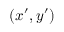
( x ^ { \prime } , y ^ { \prime } )